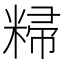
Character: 𬖥